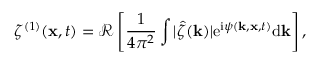
\zeta ^ { ( 1 ) } ( \mathbf { x } , t ) = \mathcal { R } \left[ \frac { 1 } { 4 \pi ^ { 2 } } \int | \hat { \zeta } ( \mathbf { k } ) | \mathrm { e } ^ { \mathrm { i } \psi ( \mathbf { k } , \mathbf { x } , t ) } \mathrm { d } \mathbf { k } \right] ,